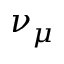
\nu _ { \mu }